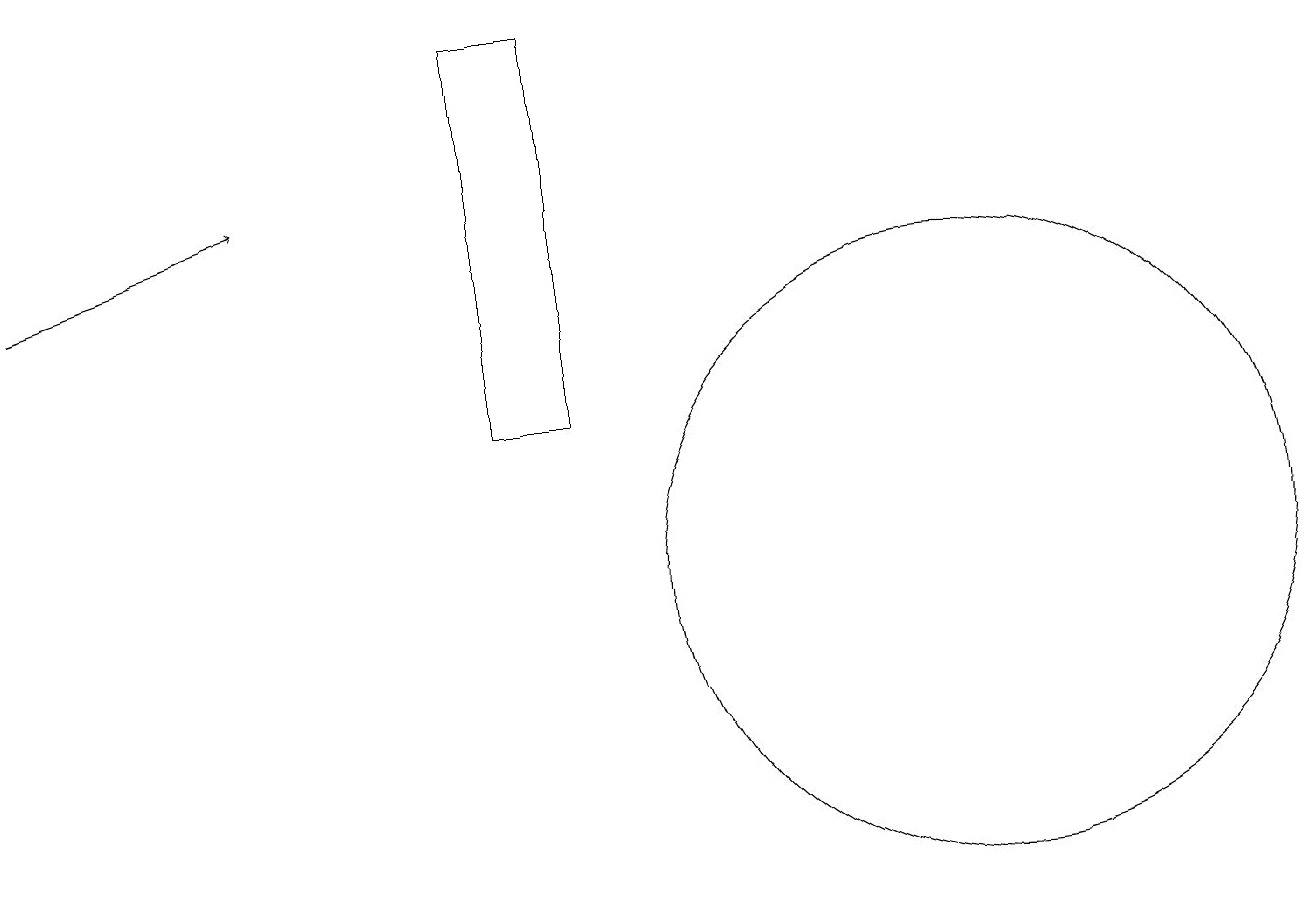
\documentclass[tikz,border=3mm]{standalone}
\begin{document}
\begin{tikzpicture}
\draw[->] (0,14) -- (3,15);
\draw (6,12) rectangle (7,17);
\draw (12,10) circle (4);
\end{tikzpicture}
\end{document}